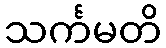
သင်္ကမတိ